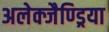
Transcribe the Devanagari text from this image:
अलेक्जैण्ड्रिया